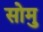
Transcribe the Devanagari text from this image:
सोमु